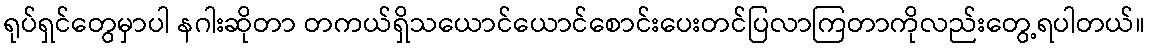
ရုပ်ရှင်တွေမှာပါ နဂါးဆိုတာ တကယ်ရှိသယောင်ယောင်စောင်းပေးတင်ပြလာကြတာကိုလည်းတွေ့ရပါတယ်။